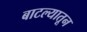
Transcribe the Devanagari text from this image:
बाटल्यातून